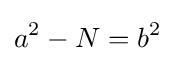
a^{2}-N=b^{2}